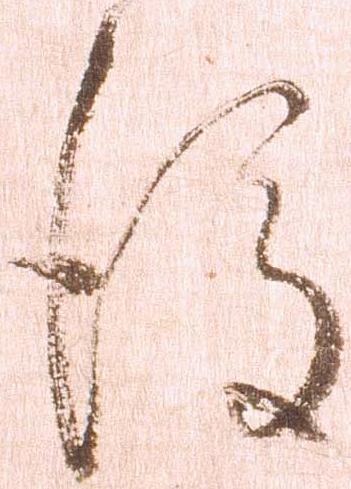
後